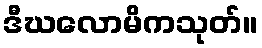
ဒီဃလောမိကသုတ်။